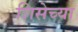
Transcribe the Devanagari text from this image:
शिसेच्या